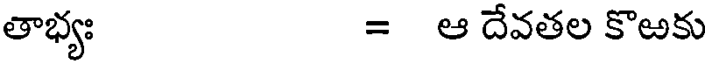
తాభ్యః = ఆ దేవతల కొఱకు